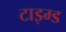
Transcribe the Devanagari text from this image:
टाइम्ड